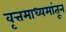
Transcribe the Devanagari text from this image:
वृत्तमाध्यमांतून